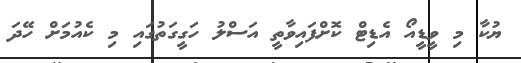
ޔުކާ މި ވީޑީއޯ އެޑިޓް ކޮށްފައިވާތީ އަސްލު ހަގީގަތުގައި މި ކެއުމަށް ހޭދަ